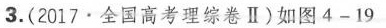
3.(2017·全国高考理综卷Ⅱ)如图4-19